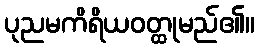
ပုညမကိရိယဝတ္ထုမည်၏။